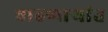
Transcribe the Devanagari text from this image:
वाढणार्‍यांत